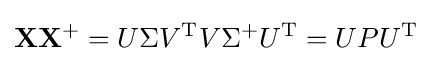
\mathbf {X} \mathbf {X} ^{+}=U\Sigma V^{\rm {T}}V\Sigma ^{+}U^{\rm {T}}=UPU^{\rm {T}}